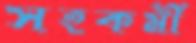
সহকর্মী